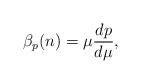
LaTeX: \begin{align*}\beta _{p}(n)=\mu \frac{dp}{d\mu }, \end{align*}